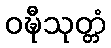
ဝဍ္ဎီသုတ္တံ